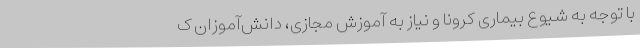
با توجه به شیوع بیماری کرونا و نیاز به آموزش مجازی، دانش‌آموزان ک